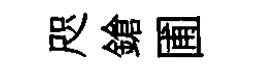
咫鎗圃